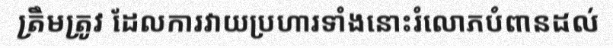
ត្រឹមត្រូវ ដែលការវាយប្រហារទាំងនោះរំលោភបំពានដល់